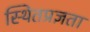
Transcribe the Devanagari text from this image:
स्थितप्रज्ञता